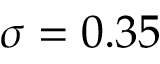
\sigma = 0 . 3 5